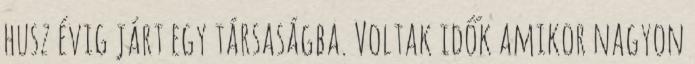
husz évig járt egy társaságba. Voltak idők amikor nagyon